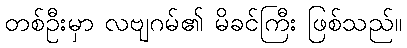
တစ်ဦးမှာ လဗျဂမ်၏ မိခင်ကြီး ဖြစ်သည်။